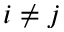
i \ne j